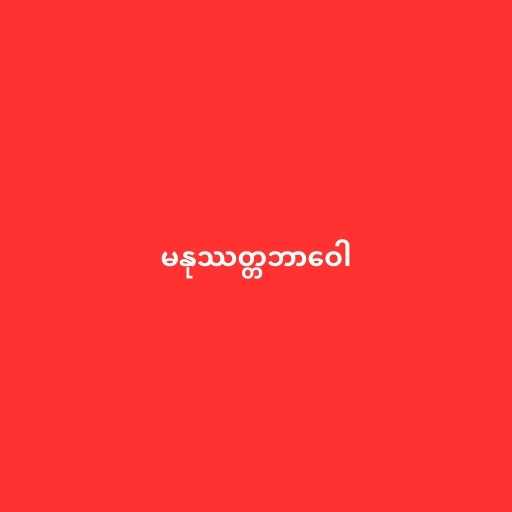
မနုဿတ္တဘာဝေါ